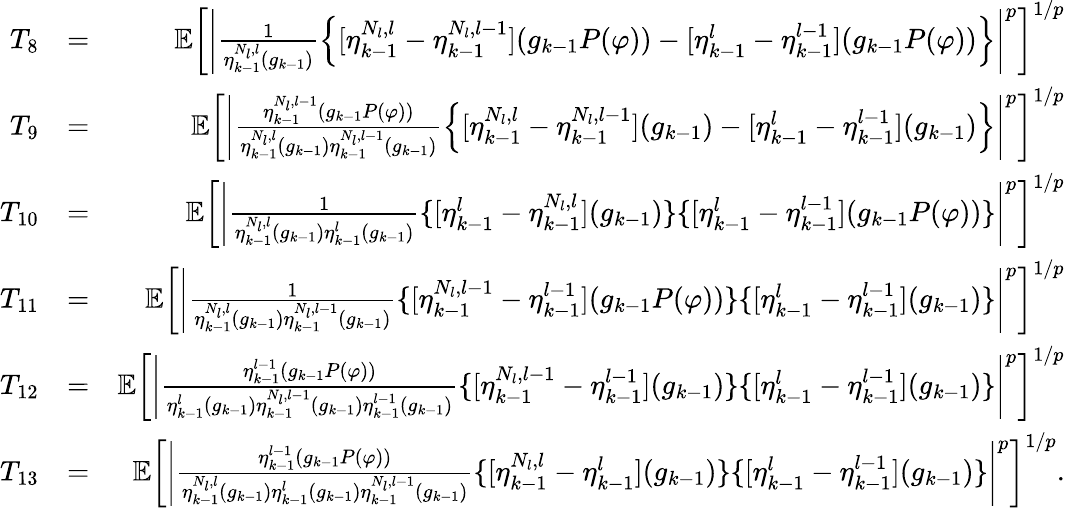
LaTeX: \begin{array}{rlr}{T_{8}}&{=}&{\mathbb{E}\left[\left|\frac{1}{\eta_{k-1}^{N_{l},l}(g_{k-1})}\left\{ [\eta_{k-1}^{N_{l},l}-\eta_{k-1}^{N_{l},l-1}](g_{k-1}P(\varphi))-[\eta_{k-1}^{l}-\eta_{k-1}^{l-1}](g_{k-1}P(\varphi))\right\} \right|^{p}\right]^{1/p}}\\ {T_{9}}&{=}&{\mathbb{E}\left[\left|\frac{\eta_{k-1}^{N_{l},l-1}(g_{k-1}P(\varphi))}{\eta_{k-1}^{N_{l},l}(g_{k-1})\eta_{k-1}^{N_{l},l-1}(g_{k-1})}\left\{ [\eta_{k-1}^{N_{l},l}-\eta_{k-1}^{N_{l},l-1}](g_{k-1})-[\eta_{k-1}^{l}-\eta_{k-1}^{l-1}](g_{k-1})\right\} \right|^{p}\right]^{1/p}}\\ {T_{10}}&{=}&{\mathbb{E}\left[\left|\frac{1}{\eta_{k-1}^{N_{l},l}(g_{k-1})\eta_{k-1}^{l}(g_{k-1})}\{ [\eta_{k-1}^{l}-\eta_{k-1}^{N_{l},l}](g_{k-1})\} \{ [\eta_{k-1}^{l}-\eta_{k-1}^{l-1}](g_{k-1}P(\varphi))\} \right|^{p}\right]^{1/p}}\\ {T_{11}}&{=}&{\mathbb{E}\left[\left|\frac{1}{\eta_{k-1}^{N_{l},l}(g_{k-1})\eta_{k-1}^{N_{l},l-1}(g_{k-1})}\{ [\eta_{k-1}^{N_{l},l-1}-\eta_{k-1}^{l-1}](g_{k-1}P(\varphi))\} \{ [\eta_{k-1}^{l}-\eta_{k-1}^{l-1}](g_{k-1})\} \right|^{p}\right]^{1/p}}\\ {T_{12}}&{=}&{\mathbb{E}\left[\left|\frac{\eta_{k-1}^{l-1}(g_{k-1}P(\varphi))}{\eta_{k-1}^{l}(g_{k-1})\eta_{k-1}^{N_{l},l-1}(g_{k-1})\eta_{k-1}^{l-1}(g_{k-1})}\{ [\eta_{k-1}^{N_{l},l-1}-\eta_{k-1}^{l-1}](g_{k-1})\} \{ [\eta_{k-1}^{l}-\eta_{k-1}^{l-1}](g_{k-1})\} \right|^{p}\right]^{1/p}}\\ {T_{13}}&{=}&{\mathbb{E}\left[\left|\frac{\eta_{k-1}^{l-1}(g_{k-1}P(\varphi))}{\eta_{k-1}^{N_{l},l}(g_{k-1})\eta_{k-1}^{l}(g_{k-1})\eta_{k-1}^{N_{l},l-1}(g_{k-1})}\{ [\eta_{k-1}^{N_{l},l}-\eta_{k-1}^{l}](g_{k-1})\} \{ [\eta_{k-1}^{l}-\eta_{k-1}^{l-1}](g_{k-1})\} \right|^{p}\right]^{1/p}.}\end{array}